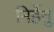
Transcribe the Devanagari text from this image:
निर्हेतु